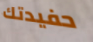
حفيدتك